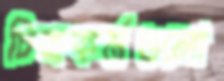
চিত্রকর্মগুলো